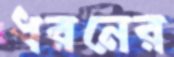
ধরনের